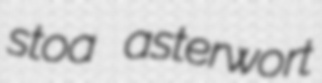
stoa asterwort